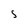
Character: S